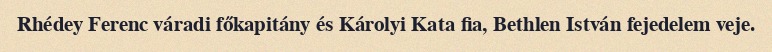
Rhédey Ferenc váradi főkapitány és Károlyi Kata fia, Bethlen István fejedelem veje.